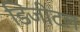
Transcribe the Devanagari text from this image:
डिजीटल